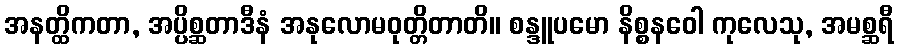
အနတ္ထိကတာ, အပ္ပိစ္ဆတာဒီနံ အနုလောမဝုတ္တိတာတိ။ စန္ဒူပမော နိစ္စနဝေါ ကုလေသု, အမစ္ဆရီ